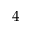
4